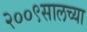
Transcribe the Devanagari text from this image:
२००९सालच्या